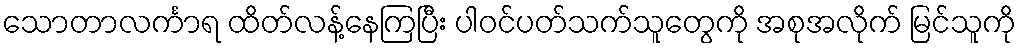
သောတာလင်္ကာရ ထိတ်လန့်နေကြပြီး ပါဝင်ပတ်သက်သူတွေကို အစုအလိုက် မြင်သူကို